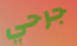
جرحي